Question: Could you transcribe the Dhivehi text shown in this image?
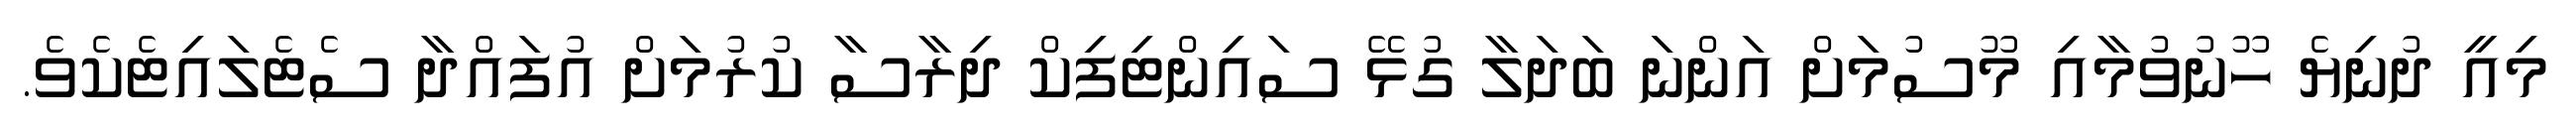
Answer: މިއީ ދުނިޔެ ހޫނުވުމާއި މޫސުމަށް އަންނަ ބަދަލާ ގުޅޭ ސައިންޓިފިކް ދިރާސާ ކުރުމަށް އުފައްދާ ސެޓެލައިޓެކެވެ.